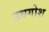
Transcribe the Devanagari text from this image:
उधगोश